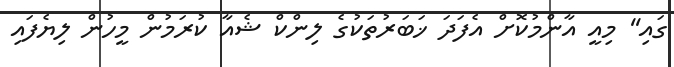
ގައި'' މިއީ އާންމުކޮށް އެފަދަ ޚަބަރުތަކުގެ ލިންކް ޝެއާ ކުރަމުން މީހުން ލިޔެފައި